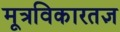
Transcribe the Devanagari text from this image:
मूत्रविकारतज्ञ